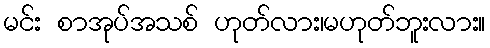
မင်း စာအုပ်အသစ် ဟုတ်လား၊မဟုတ်ဘူးလား။